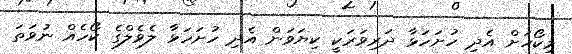
މިކޯހަށް އެދި ހުށަހަޅާ ދަރިވަރަކީ ކިޔަވަން އެދި ހުށަހަޅާ ލެވެލްގެ ކޯހެއް ނުވަތަ